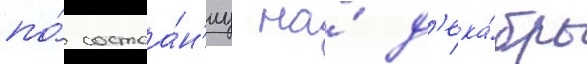
по́ состоа́н'иу на́ д'ека́брь